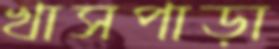
খাসপাড়া